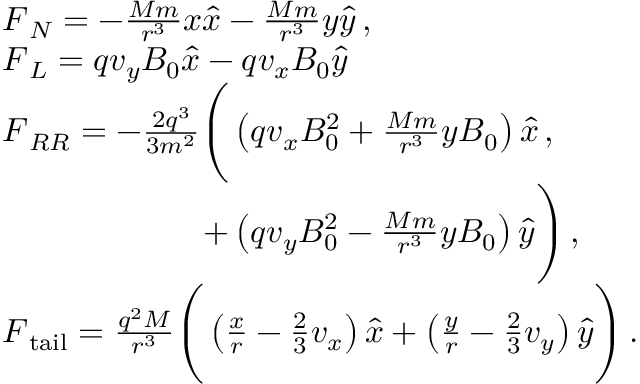
\begin{array} { r l } & { \boldsymbol { F } _ { N } = - \frac { M m } { r ^ { 3 } } x \boldsymbol { \hat { x } } - \frac { M m } { r ^ { 3 } } y \boldsymbol { \hat { y } } \, , } \\ & { \boldsymbol { F } _ { L } = q v _ { y } B _ { 0 } \boldsymbol { \hat { x } } - q v _ { x } B _ { 0 } \boldsymbol { \hat { y } } } \\ & { \boldsymbol { F } _ { R R } = - \frac { 2 q ^ { 3 } } { 3 m ^ { 2 } } \Bigg ( \left( q v _ { x } B _ { 0 } ^ { 2 } + \frac { M m } { r ^ { 3 } } y B _ { 0 } \right) \boldsymbol { \hat { x } } \, , } \\ & { \qquad \qquad \qquad + \left( q v _ { y } B _ { 0 } ^ { 2 } - \frac { M m } { r ^ { 3 } } y B _ { 0 } \right) \boldsymbol { \hat { y } } \Bigg ) \, , } \\ & { \boldsymbol { F } _ { \mathrm { t a i l } } = \frac { q ^ { 2 } M } { r ^ { 3 } } \Bigg ( \left( \frac { x } { r } - \frac { 2 } { 3 } v _ { x } \right) \boldsymbol { \hat { x } } + \left( \frac { y } { r } - \frac { 2 } { 3 } v _ { y } \right) \boldsymbol { \hat { y } } \Bigg ) \, . } \end{array}